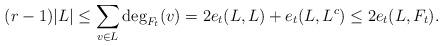
LaTeX: \begin{align*} (r-1) |L| \leq \sum_{v \in L} \deg_{F_t}(v) = 2e_t(L, L) + e_t(L, L^c) \leq 2e_t(L, F_t). \end{align*}